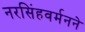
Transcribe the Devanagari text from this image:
नरसिंहवर्मनने